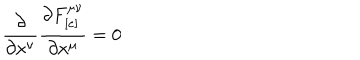
\frac { \partial } { \partial x ^ { \nu } } \frac { \partial F _ { [ e ] } ^ { \mu \nu } } { \partial x ^ { \mu } } = 0